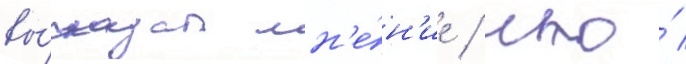
вы́сказал мн'е́н'ие / что́